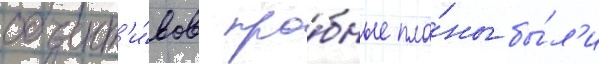
объект'и́вов про́бные пла́ны бы́л'и